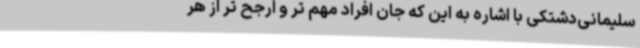
سلیمانی‌دشتکی با اشاره به این که جان افراد مهم تر و ارجح تر از هر